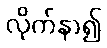
လိုက်နာ၍